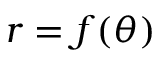
r = f ( \theta )